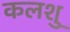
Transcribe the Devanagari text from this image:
कलशु